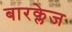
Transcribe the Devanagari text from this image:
बारक्लेज